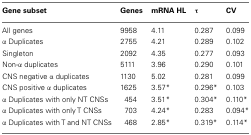
<table><thead><tr><td><b>Gene subset</b></td><td><b>Genes</b></td><td><b>mRNA HL</b></td><td><b>τ</b></td><td><b>CV</b></td></tr></thead><tbody><tr><td>All genes</td><td>9958</td><td>4.11</td><td>0.287</td><td>0.099</td></tr><tr><td>α Duplicates</td><td>2755</td><td>4.21</td><td>0.289</td><td>0.102</td></tr><tr><td>Singleton</td><td>2092</td><td>4.35</td><td>0.277</td><td>0.093</td></tr><tr><td>Non-α duplicates</td><td>5111</td><td>3.96</td><td>0.290</td><td>0.101</td></tr><tr><td>CNS negative α duplicates</td><td>1130</td><td>5.02</td><td>0.281</td><td>0.099</td></tr><tr><td>CNS positive α duplicates</td><td>1625</td><td>3.57*</td><td>0.296*</td><td>0.103</td></tr><tr><td>α Duplicates with only NT CNSs</td><td>454</td><td>3.51*</td><td>0.304*</td><td>0.110*</td></tr><tr><td>α Duplicates with only T CNSs</td><td>703</td><td>4.24*</td><td>0.283</td><td>0.094*</td></tr><tr><td>α Duplicates with T and NT CNSs</td><td>468</td><td>2.85*</td><td>0.319*</td><td>0.114*</td></tr></tbody></table>